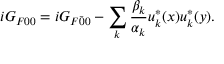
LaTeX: i G _ { F 0 0 } = i G _ { F \bar { 0 } { 0 } } - \sum _ { k } \frac { \beta _ { k } } { \alpha _ { k } } u _ { k } ^ { * } ( x ) u _ { k } ^ { * } ( y ) .